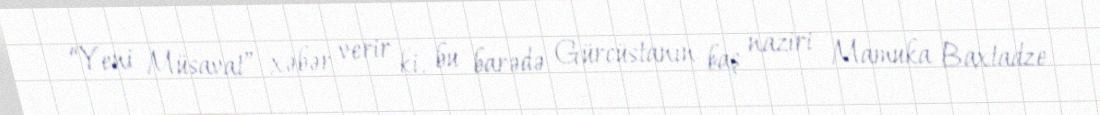
“Yeni Müsavat” xəbər verir ki, bu barədə Gürcüstanın baş naziri Mamuka Baxtadze